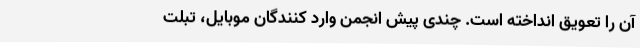
آن را تعویق انداخته است. چندی پیش انجمن وارد کنندگان موبایل، تبلت